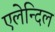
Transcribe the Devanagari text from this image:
एलेन्दिल